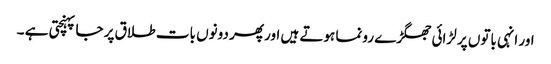
اور انہی باتوں پر لڑائی جھگڑے رونما ہوتے ہیں اور پھر دونوں بات طلاق پر جا پہنچتی ہے ۔